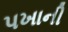
પખાની